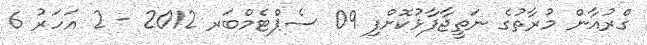
ގްރުއާން މުރާތުގެ ނަތީޖާފާޅުކޮށްފި 09 ސެޕްޓެމްބަރ 2012 - 2 އަހަރު 6